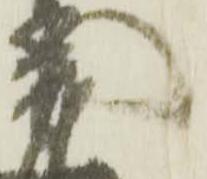
茂